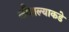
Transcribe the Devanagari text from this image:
कौशल्याकडे